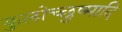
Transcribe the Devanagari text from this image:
कुलोच्छुष्मादि